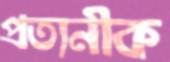
প্রত্যনীক